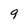
Character: 9